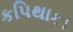
કપિથાકા